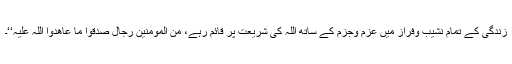
زندگی کے تمام نشیب وفراز میں عزم وجزم کے ساتھ اللہ کی شریعت پر قائم رہے، من المومنین رجال صدقوا ما عاھدوا اللہ علیہ‘‘۔